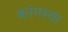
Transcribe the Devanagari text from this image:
कांगस्या